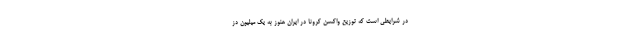
در شرایطی است که توزیع واکسن کرونا در ایران هنوز به یک میلیون دُز